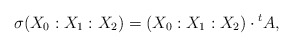
\begin{align*}\sigma (X_0:X_1 :X_{2})=(X_0:X_1:X_{2})\cdot {}^t A,\end{align*}